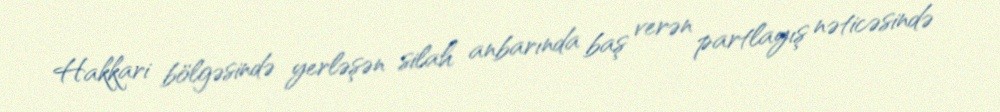
Hakkari bölgəsində yerləşən silah anbarında baş verən partlayış nəticəsində